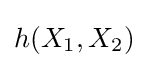
h(X_{1},X_{2})